Indian journal of veterinary science and animal husbandry - Volume 10,
Year: 1940
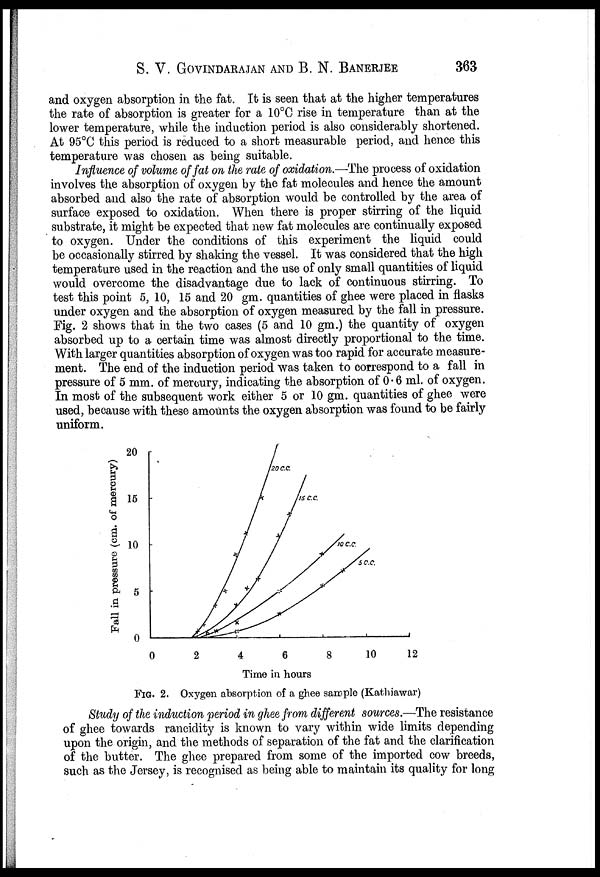
S. V. GOVINDARAJAN AND B. N. BANERJEE
363
and oxygen absorption in the fat. It is seen that at the higher temperatures
the rate of absorption is greater for a 10°C rise in temperature than at the
lower temperature, while the induction period is also considerably shortened.
At 95°C this period is reduced to a short measurable period, and hence this
temperature was chosen as being suitable.
Influence of volume of fat on the rate of oxidation.—The process of oxidation
involves the absorption of oxygen by the fat molecules and hence the amount
absorbed and also the rate of absorption would be controlled by the area of
surface exposed to oxidation. When there is proper stirring of the liquid
substrate, it might be expected that new fat molecules are continually exposed
to oxygen. Under the conditions of this experiment the liquid could
be occasionally stirred by shaking the vessel. It was considered that the high
temperature used in the reaction and the use of only small quantities of liquid
would overcome the disadvantage due to lack of continuous stirring. To
test this point 5, 10, 15 and 20 gm. quantities of ghee were placed in flasks
under oxygen and the absorption of oxygen measured by the fall in pressure.
Fig. 2 shows that in the two cases (5 and 10 gm.) the quantity of oxygen
absorbed up to a certain time was almost directly proportional to the time.
With larger quantities absorption of oxygen was too rapid for accurate measure-
ment. The end of the induction period was taken to correspond to a fall in
pressure of 5 mm. of mercury, indicating the absorption of 0.6 ml. of oxygen.
In most of the subsequent work either 5 or 10 gm. quantities of ghee were
used, because with these amounts the oxygen absorption was found to be fairly
uniform.
FIG. 2. Oxygen absorption of a ghee sample (Kathiawar)
Study of the induction period in ghee from different sources.—The resistance
of ghee towards rancidity is known to vary within wide limits depending
upon the origin, and the methods of separation of the fat and the clarification
of the butter. The ghee prepared from some of the imported cow breeds,
such as the Jersey, is recognised as being able to maintain its quality for long